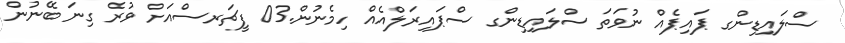
ސްލައިޑިންގ ޕައިޕެއް ނުވަތަ ސްލައިޑިންގ ސްޕައިރަލްއެއް ހިމެނުން.03 ފީޗަރސްއަށް ވުރެ ގިނަ ބޭނުން